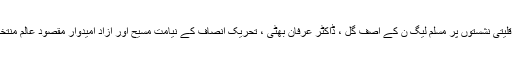
جبکہ چار اقلیتی نشستوں پر مسلم لیگ ن کے آصف گل ، ڈاکٹر عرفان بھٹی ، تحریک انصاف کے نیامت مسیح اور آزاد امیدوار مقصود عالم منتخب ہو گئے۔